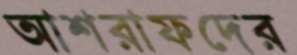
আশরাফদের